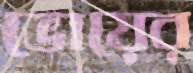
ভোয়ের